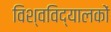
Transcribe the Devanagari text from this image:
विश्वविद्यालकों